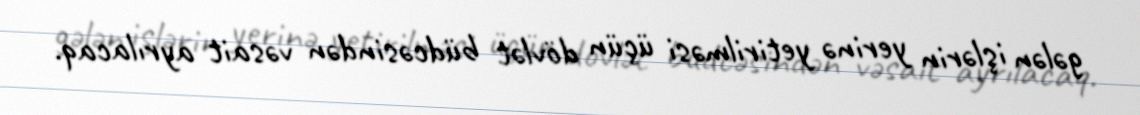
gələn işlərin yerinə yetirilməsi üçün dövlət büdcəsindən vəsait ayrılacaq.